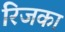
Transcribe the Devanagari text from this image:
रिजका